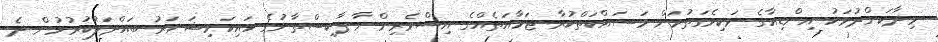
މިދާކަށްދުވަހު އިންޑިއާގެ ވަކިވެގަތުމަށް މަސައްކަތްކުރާ ޖަމާއަތެއްގެ އިސްވެރިންނާ ޕާކިސްތާނުގެ ހައިކަމިޝަނަރު ބައްދަލުކުރުމުން ދެ